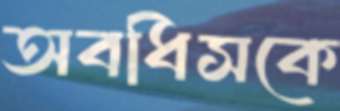
অবধিসকে